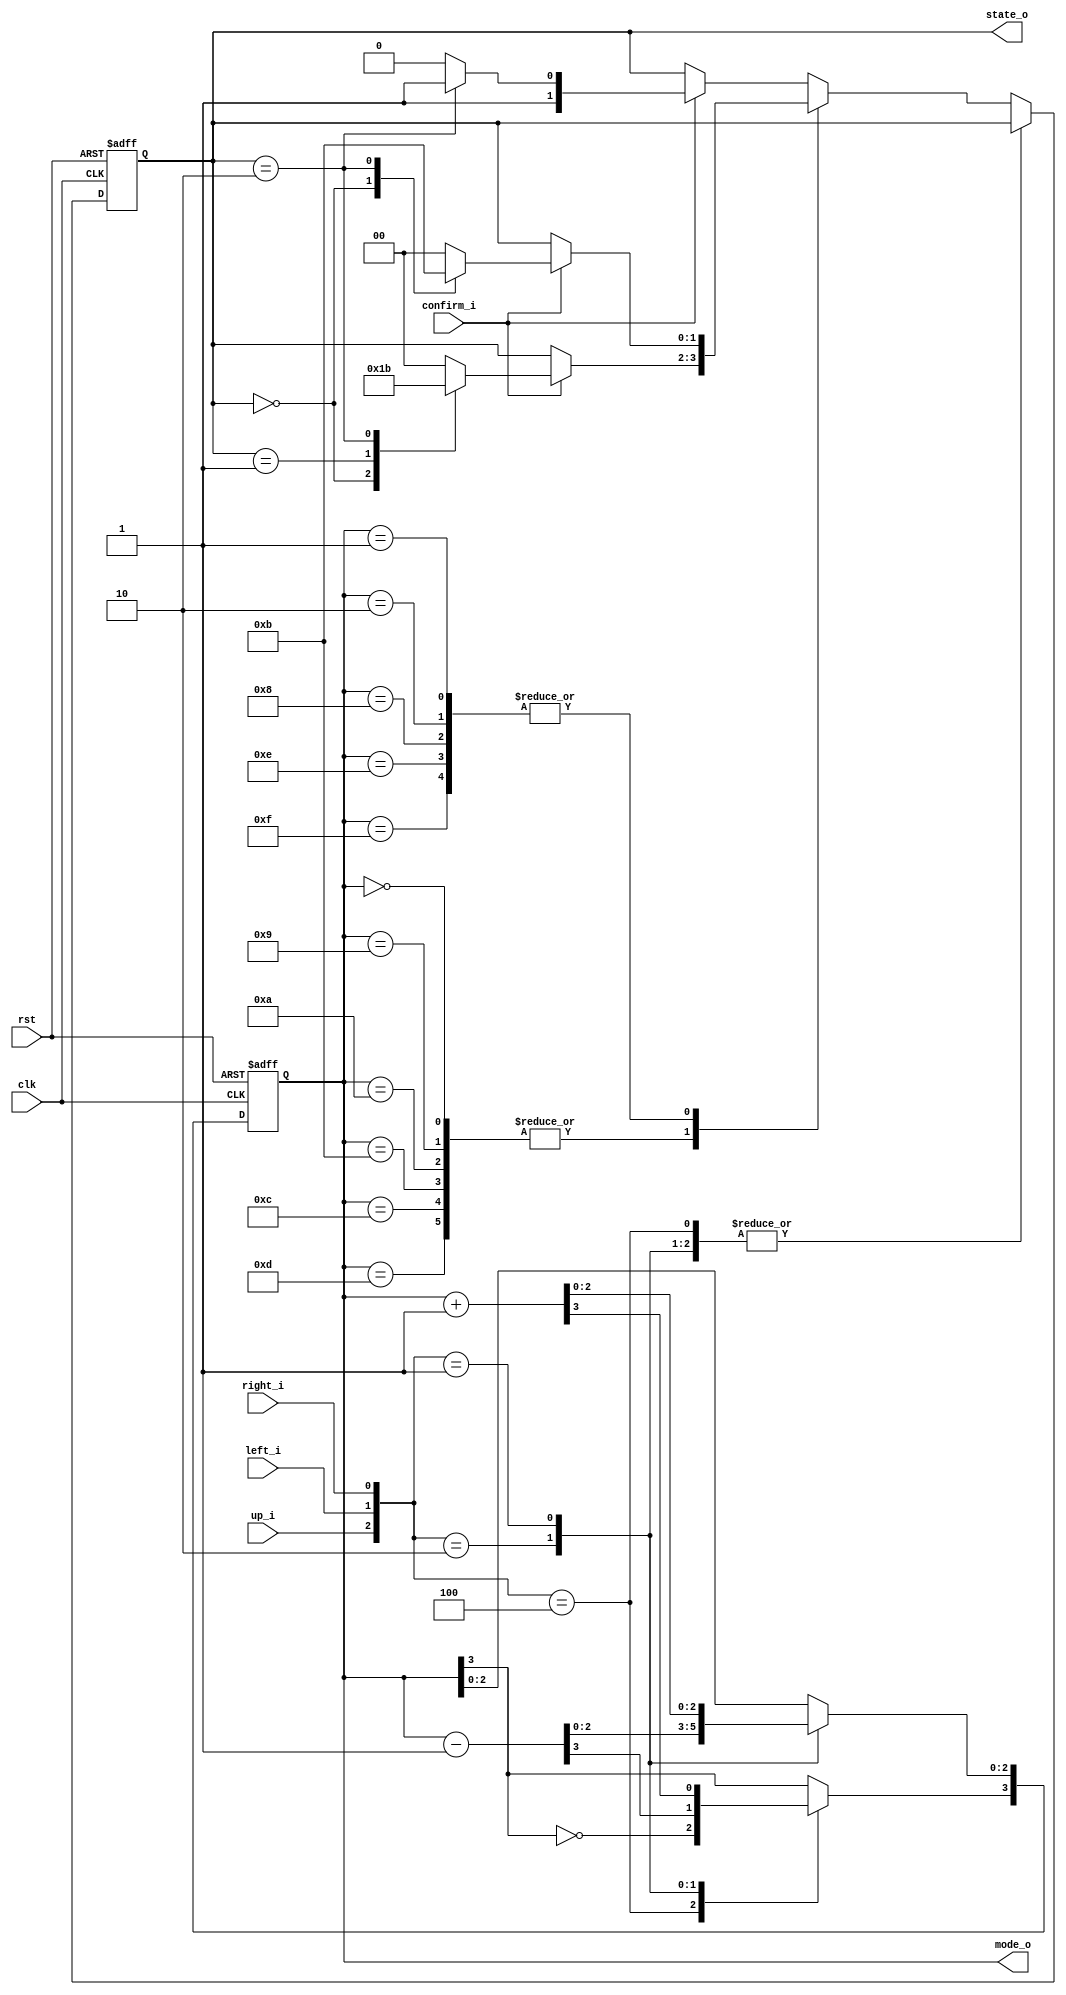
`timescale 1ns / 1ps
//////////////////////////////////////////////////////////////////////////////////
// Company: 
// Engineer: 
// 
// Design Name: 
// Module Name: Shifter
// Project Name: 
// Target Devices: 
// Tool Versions: 
// Description: 
// 
// Dependencies: 
// 
// Revision:
// Revision 0.01 - File Created
// Additional Comments:
// 
//////////////////////////////////////////////////////////////////////////////////


module Shifter(
input clk, rst, left_i, right_i, up_i, confirm_i,
output [1:0] state_o,
output [3:0] mode_o
    );
    reg [1:0] state;
    reg [3:0] mode;
    assign state_o = state;
    assign mode_o = mode;
    always @(posedge clk or negedge rst) begin
        if(~rst)begin
            mode<=4'b0000;
            state<=2'b00;
        end else begin
            case({up_i, left_i, right_i})
            3'b100:begin
                mode[3]<=~mode[3];
                mode[2:0]<=mode[2:0];
            end
            3'b010:begin
                mode<=mode-1;
            end
            3'b001:begin
                mode<=mode+1;
            end
            default:begin
                mode<=mode;
                case(mode)
                    4'b0000,4'b1001,4'b1010,4'b1011,4'b1100,4'b1101:begin
                        if(confirm_i)begin
                            case(state)
                                2'b00:state<=2'b01;
                                2'b01:state<=2'b10;
                                2'b10:state<=2'b11;
                                default:state<=2'b00;
                            endcase
                        end else begin
                            state<=state;
                        end
                    end
                    4'b0001,4'b0010,4'b1000,4'b1110,4'b1111:begin
                        if(confirm_i)begin
                            case(state)
                                2'b00:state<=2'b10;
                                2'b10:state<=2'b11;
                                default:state<=2'b00;
                            endcase
                        end else begin
                            state<=state;
                        end
                    end
                    default:begin
                        if(confirm_i)begin
                            case(state)
                                2'b10:state<=2'b11;
                                default:state<=2'b10;
                            endcase
                        end else begin
                            state<=state;
                        end
                    end
                endcase
            end
            endcase
        end
    end
endmodule